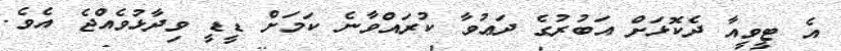
އެ ޓީވީއާ ދެކޮޅަށް އަބުރުގެ ދަޢުވާ ކުރައްވާނެ ކަމަށް ޑީޑީ ވިދާޅުވެއްޖެ އެވެ.